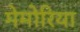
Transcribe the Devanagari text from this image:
मेमोरिया